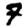
Digit: 7